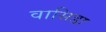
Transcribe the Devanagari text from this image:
वासिडा